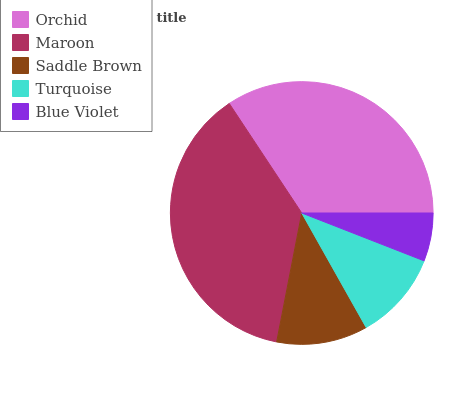
| Orchid | Maroon | Saddle Brown | Turquoise | Blue Violet |
 | --- | --- | --- | --- | --- |
 | 34.3% | 37.7% | 11.2% | 10.9% | 5.93% |